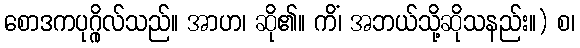
စောဒကပုဂ္ဂိုလ်သည်။ အာဟ၊ ဆို၏။ ကိံ၊ အဘယ်သို့ဆိုသနည်း။) စ၊